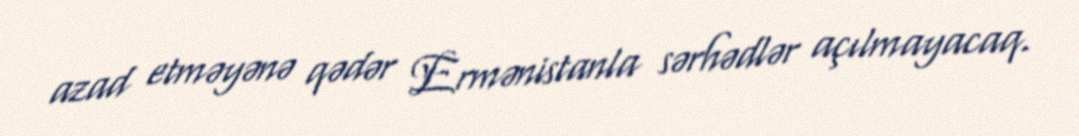
azad etməyənə qədər Ermənistanla sərhədlər açılmayacaq.